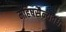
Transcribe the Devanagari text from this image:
महिषसैन्यवध